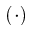
( \cdot )